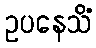
ဥပနေသိံ